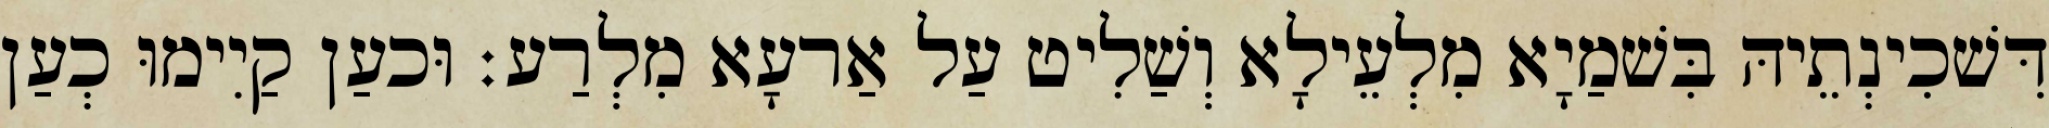
דִּשׁכִינְתֵיהּ בִּשׁמַיָא מִלְעֵילָא וְשַׁלִיט עַל אַרעָא מִלְרַע׃ וּכעַן קַיִימוּ כְעַן